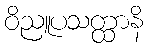
ဝိညူပသတ္ထာနိ